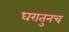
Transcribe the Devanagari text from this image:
घरातुनच